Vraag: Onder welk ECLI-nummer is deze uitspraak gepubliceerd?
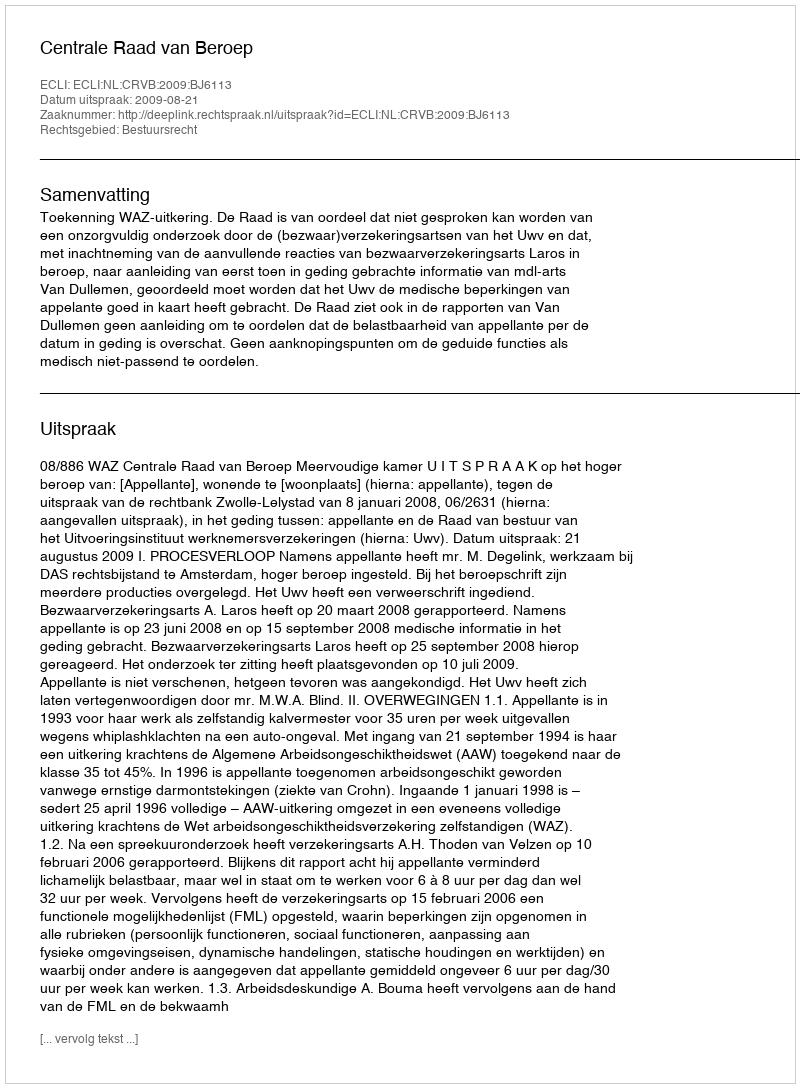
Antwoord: ECLI:NL:CRVB:2009:BJ6113